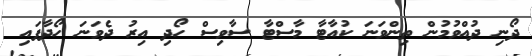
ދޯނި ދުއްވުމުން ތިންވަނަ ކުއާޓާ މާސްޓާ ސާވިސް ހޯދި އިރު ދެވަނަ ހޯދާފައި